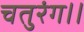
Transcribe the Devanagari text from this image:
चतुरंग।।